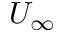
U _ { \infty }